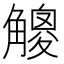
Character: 𧤸